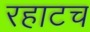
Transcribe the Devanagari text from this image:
रहाटच